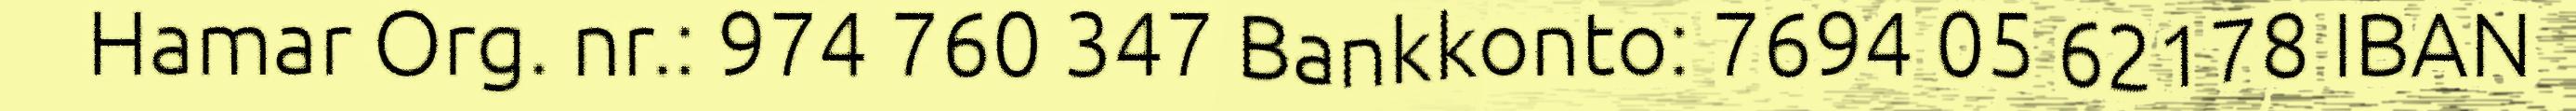
Hamar Org. nr.: 974 760 347 Bankkonto: 7694 05 62178 IBAN